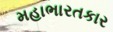
મહાભારતકાર